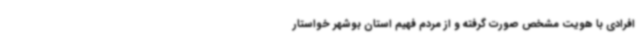
افرادی با هویت مشخص صورت گرفته و از مردم فهیم استان بوشهر خواستار